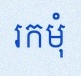
រកមុំ